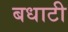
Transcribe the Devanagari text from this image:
बधाटी